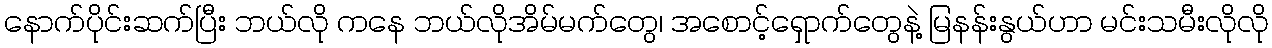
နောက်ပိုင်းဆက်ပြီး ဘယ်လို ကနေ ဘယ်လိုအိမ်မက်တွေ၊ အစောင့်ရှောက်တွေနဲ့ မြနန်းနွယ်ဟာ မင်းသမီးလိုလို